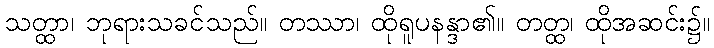
သတ္ထာ၊ ဘုရားသခင်သည်။ တဿာ၊ ထိုရူပနန္ဒာ၏။ တတ္ထ၊ ထိုအဆင်း၌။